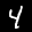
Label: 4